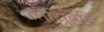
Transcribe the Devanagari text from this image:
रॅलेटिविटि